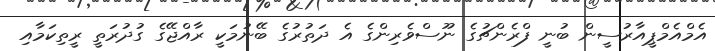
އެމްއެމްޕީއާރުސީން ބުނީ ފްރެންޗުގެ ނޫސްވެރިންގެ އެ ދަތުރުގެ ބޭނުމަކީ ރާއްޖޭގެ ގުދުރަތީ ރީތިކަމާއި